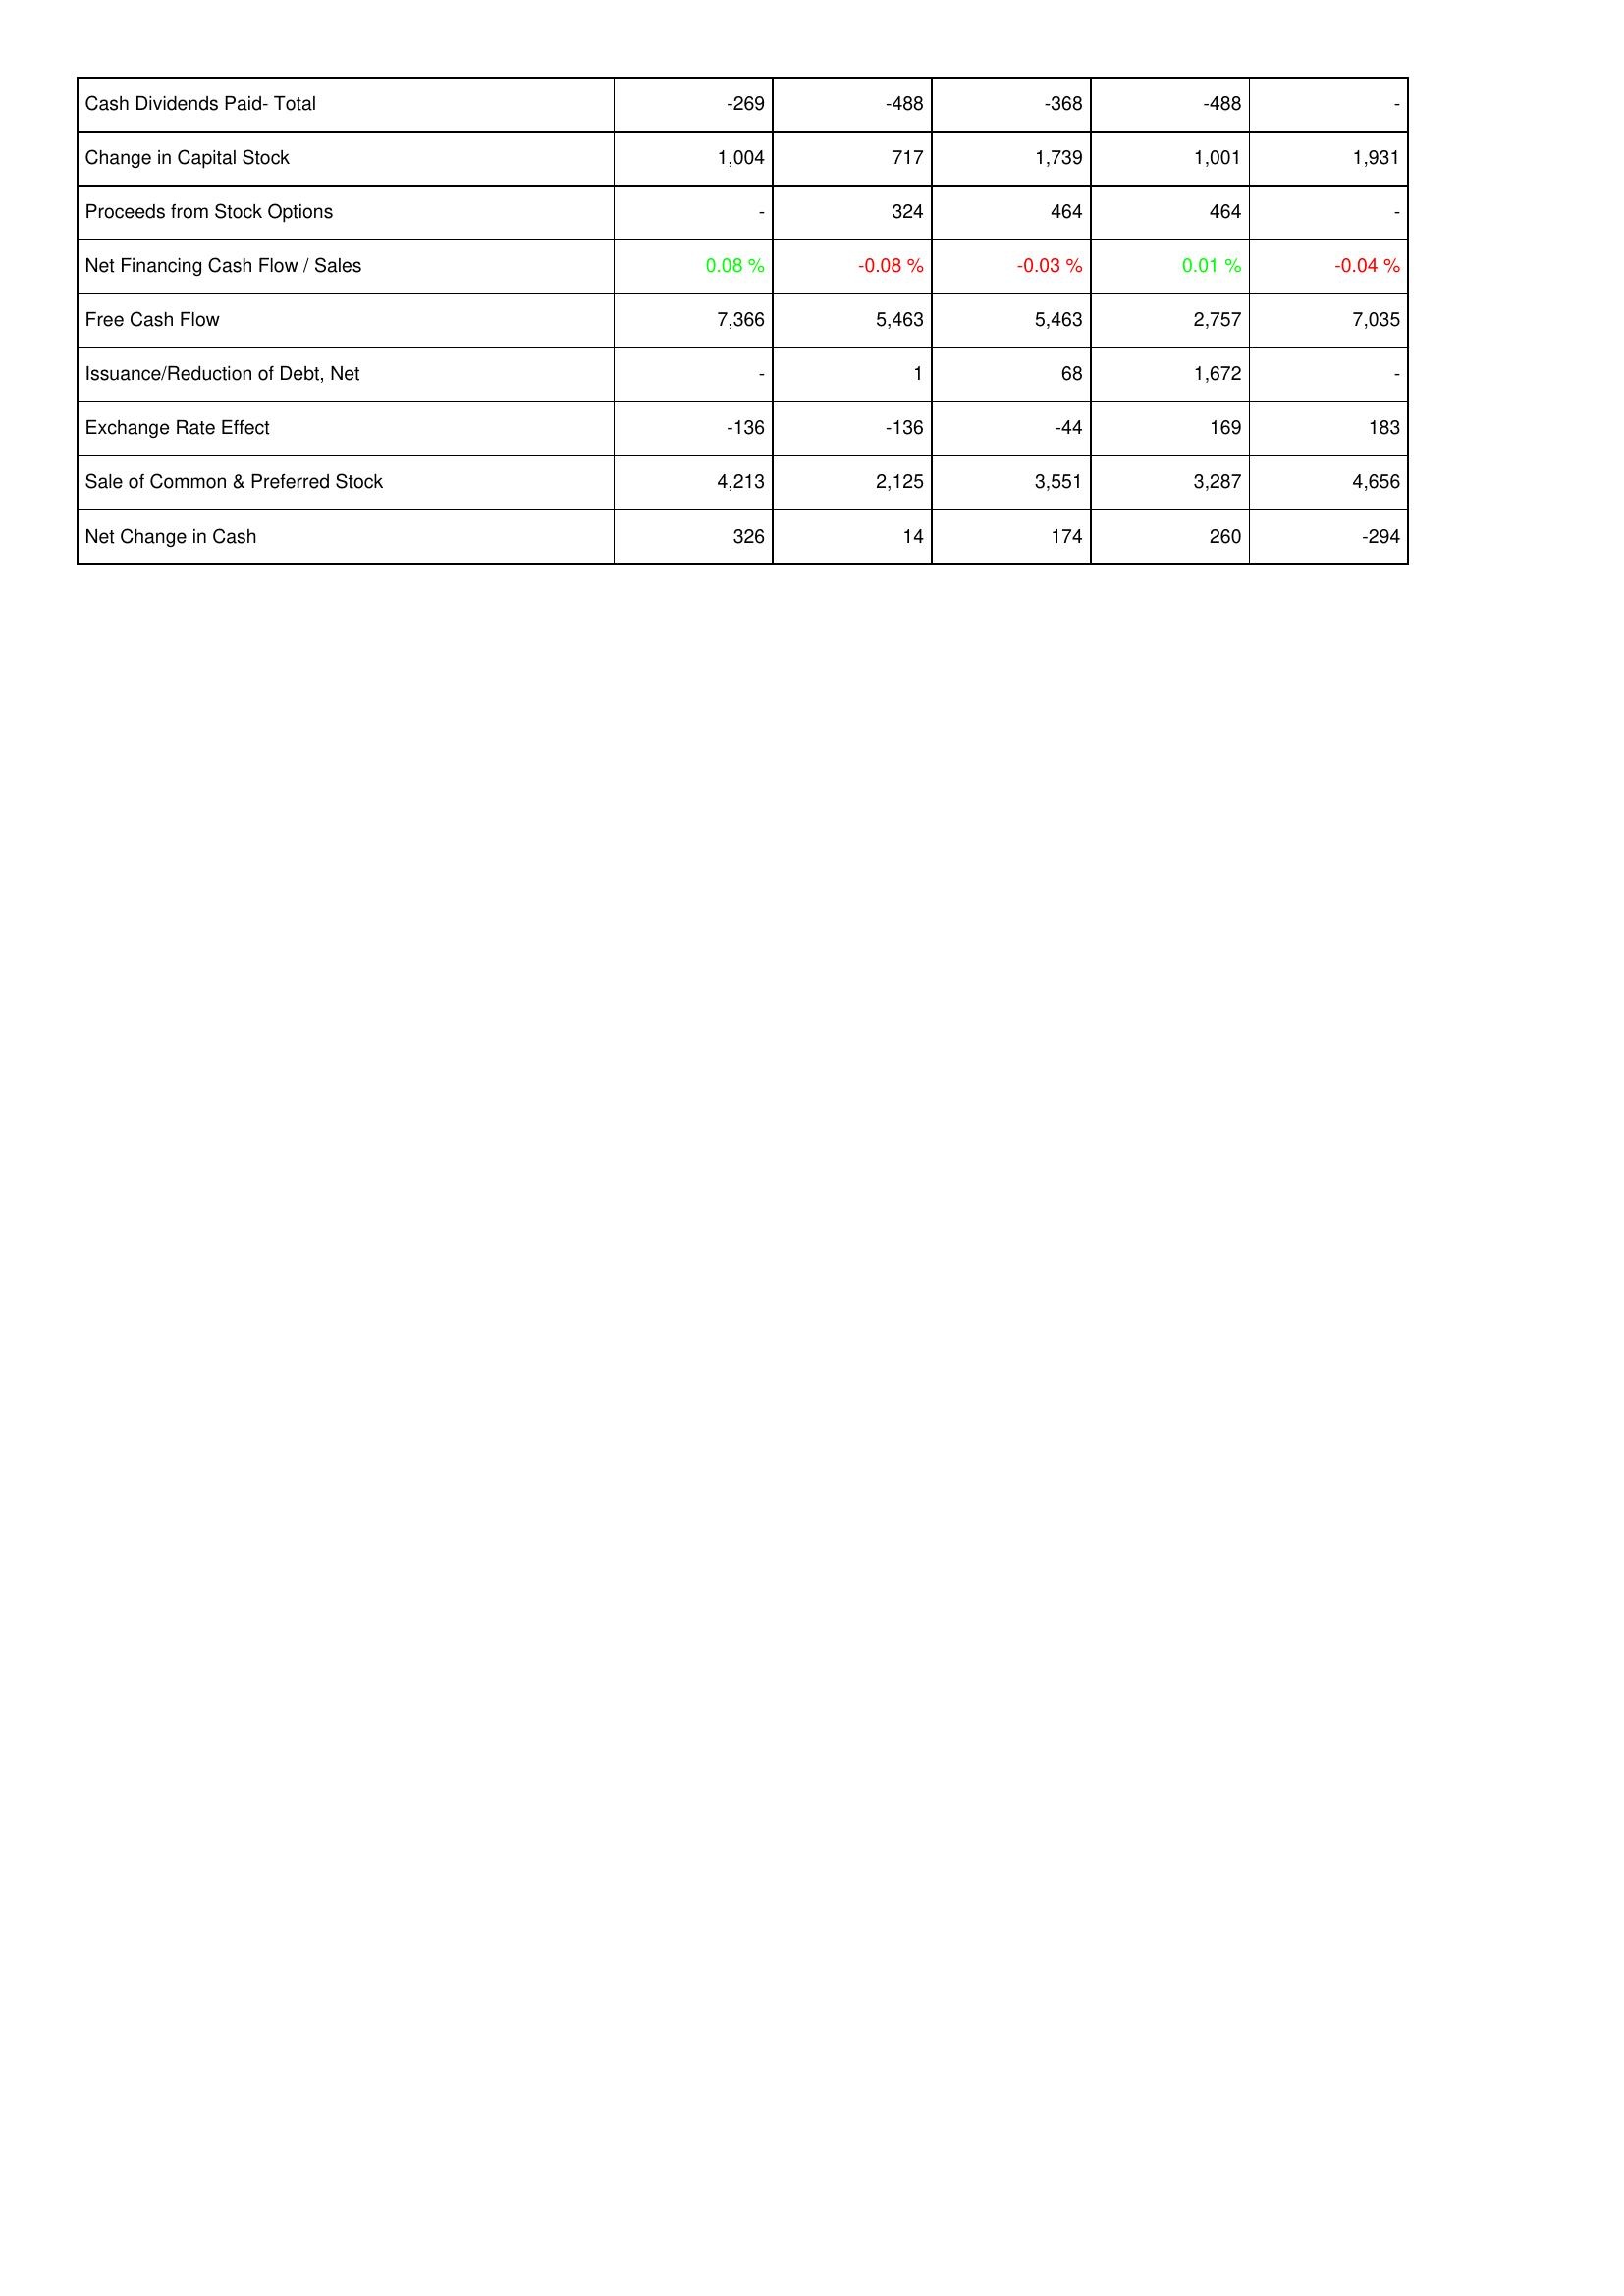
2012: Financing Activities: Cash Dividends Paid- Total: -269
Change in Capital Stock: 1,004
Proceeds from Stock Options: -
Net Financing Cash Flow / Sales: 0.08 %
Free Cash Flow: 7,366
Issuance/Reduction of Debt, Net: -
Exchange Rate Effect: -136
Sale of Common & Preferred Stock: 4,213
Net Change in Cash: 326
2011: Financing Activities: Cash Dividends Paid- Total: -488
Change in Capital Stock: 717
Proceeds from Stock Options: 324
Net Financing Cash Flow / Sales: -0.08 %
Free Cash Flow: 5,463
Issuance/Reduction of Debt, Net: 1
Exchange Rate Effect: -136
Sale of Common & Preferred Stock: 2,125
Net Change in Cash: 14
2010: Financing Activities: Cash Dividends Paid- Total: -368
Change in Capital Stock: 1,739
Proceeds from Stock Options: 464
Net Financing Cash Flow / Sales: -0.03 %
Free Cash Flow: 5,463
Issuance/Reduction of Debt, Net: 68
Exchange Rate Effect: -44
Sale of Common & Preferred Stock: 3,551
Net Change in Cash: 174
2009: Financing Activities: Cash Dividends Paid- Total: -488
Change in Capital Stock: 1,001
Proceeds from Stock Options: 464
Net Financing Cash Flow / Sales: 0.01 %
Free Cash Flow: 2,757
Issuance/Reduction of Debt, Net: 1,672
Exchange Rate Effect: 169
Sale of Common & Preferred Stock: 3,287
Net Change in Cash: 260
2008: Financing Activities: Cash Dividends Paid- Total: -
Change in Capital Stock: 1,931
Proceeds from Stock Options: -
Net Financing Cash Flow / Sales: -0.04 %
Free Cash Flow: 7,035
Issuance/Reduction of Debt, Net: -
Exchange Rate Effect: 183
Sale of Common & Preferred Stock: 4,656
Net Change in Cash: -294